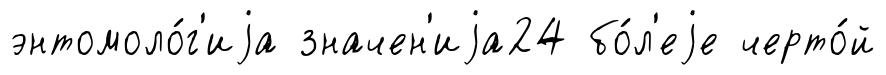
энтомоло́г'иjа значен'иjа24 бо́л'еjе черто́й